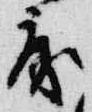
房